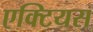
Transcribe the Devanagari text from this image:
एक्टियस